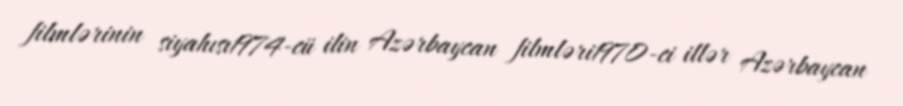
filmlərinin siyahısı1974-cü ilin Azərbaycan filmləri1970-ci illər Azərbaycan